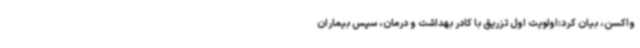
واکسن، بیان کرد:اولویت اول تزریق با کادر بهداشت و درمان، سپس بیماران